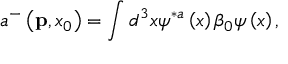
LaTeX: a ^ { - } \left( { \bf p } , x _ { 0 } \right) = \int d ^ { 3 } x \psi ^ { \ast a } \left( x \right) \beta _ { 0 } \psi \left( x \right) ,